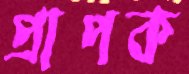
প্রাপক